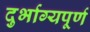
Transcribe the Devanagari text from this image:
दुर्भाग्‍यपूर्ण